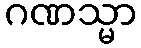
ဂဏသ္မာ